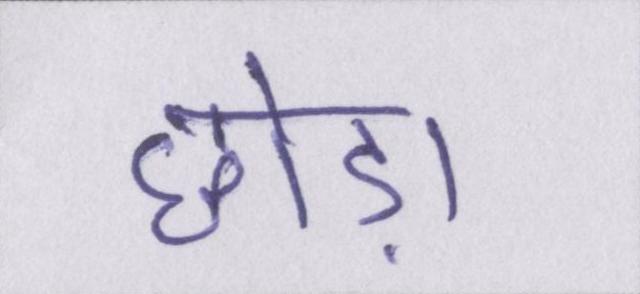
छोड़ा